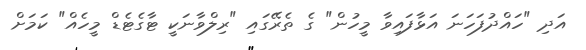
އަދި "ހައްދުފަހަނަ އަޅާފައިވާ މީހުން" ގެ ތެރޭގައި "ރިލްވާނަކީ ޓާގެޓެޑް މީހެއް" ކަމަށް